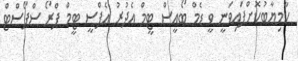
ކާމިޔާބުކޮށްފައިވަނީ ވީ ޑެމް ބޯއީސް ޓީމް އެދުރު އެފްސީ ޓީމް ޕްރޯ ސްޕޯސްޓް